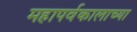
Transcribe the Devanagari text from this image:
महापर्वकालाच्या